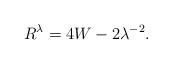
LaTeX: \begin{align*}R^{\lambda }=4W-2\lambda ^{-2}. \end{align*}